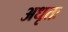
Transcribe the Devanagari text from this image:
अधृतः